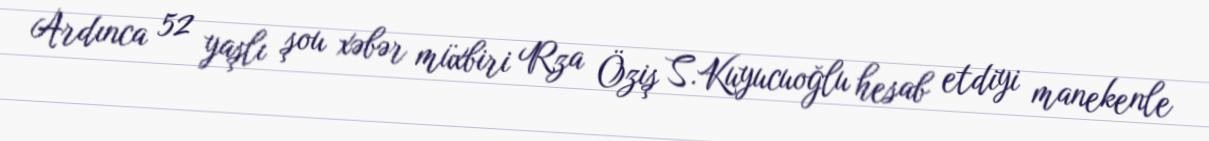
Ardınca 52 yaşlı şou xəbər müxbiri Rza Öziş S.Kuyucuoğlu hesab etdiyi manekenle